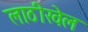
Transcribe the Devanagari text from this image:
लाठीखेल